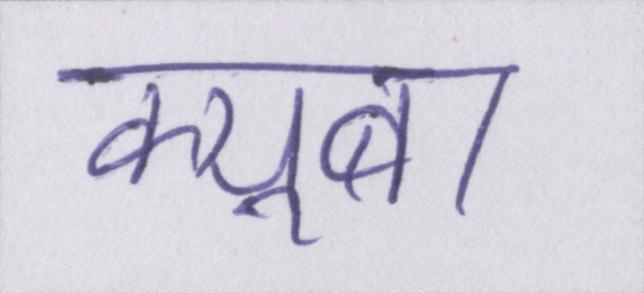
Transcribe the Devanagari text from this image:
क्यूबा